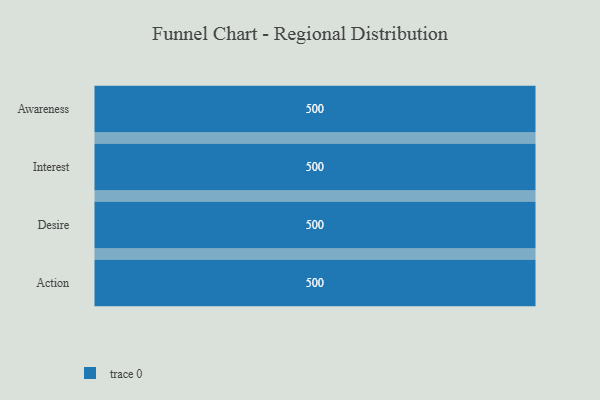
{"axis": {"x": "Stage", "y": "Value"}, "legend": [""], "data": [{"x": "Awareness", "y": 500, "type": ""}, {"x": "Interest", "y": 500, "type": ""}, {"x": "Desire", "y": 500, "type": ""}, {"x": "Action", "y": 500, "type": ""}]}